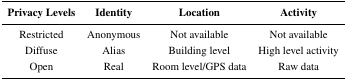
<table><thead><tr><td><b>Privacy Levels</b></td><td><b>Identity</b></td><td><b>Location</b></td><td><b>Activity</b></td></tr></thead><tbody><tr><td>Restricted</td><td>Anonymous</td><td>Not available</td><td>Not available</td></tr><tr><td>Diffuse</td><td>Alias</td><td>Building level</td><td>High level activity</td></tr><tr><td>Open</td><td>Real</td><td>Room level/GPS data</td><td>Raw data</td></tr></tbody></table>